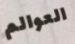
العوالم